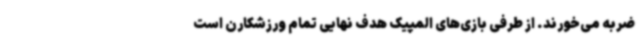
ضربه می‌خورند. از طرفی بازی‌های المپیک هدف نهایی تمام ورزشکارن است